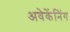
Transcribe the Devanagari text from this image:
अवेकेंनिंग